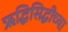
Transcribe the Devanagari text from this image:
ऋद्धिसिद्धीच्या